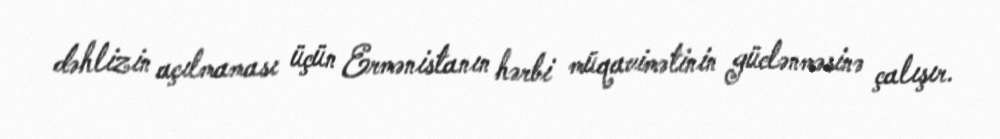
dəhlizin açılmaması üçün Ermənistanın hərbi müqavimətinin güclənməsinə çalışır.